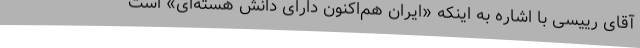
آقای رییسی با اشاره به اینکه «ایران هم‌اکنون دارای دانش هسته‌ای» است